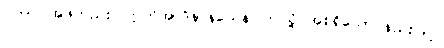
ပိတာ၊ အဖတည်း။ ဣတိအာဒိနာနယေန၊ ဤသို့ အစရှိသော နည်းဖြင့်။